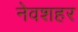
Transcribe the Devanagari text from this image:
नेवशहर